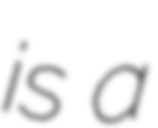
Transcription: is a